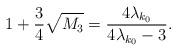
LaTeX: \begin{align*} 1 + \frac{3}{4} \sqrt{M_3} = \frac{4\lambda_{k_0}}{4\lambda_{k_0} - 3}.\end{align*}